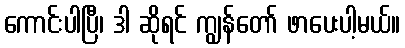
ကောင်းပါပြီ၊ ဒါ ဆိုရင် ကျွန်တော် ဖာပေးပါ့မယ်။